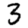
Digit: 3